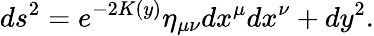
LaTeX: ds^{2}=e^{-2K(y)}\eta_{\mu\nu}dx^{\mu}dx^{\nu}+dy^{2}.